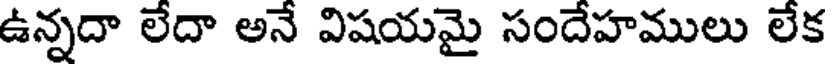
ఉన్నదా లేదా అనే విషయమై సందేహములు లేక